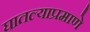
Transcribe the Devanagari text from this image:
घातल्याप्रमाणे